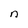
Character: n